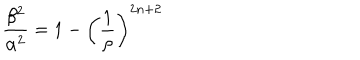
\frac { \beta ^ { 2 } } { \alpha ^ { 2 } } = 1 - \left( \frac { 1 } { \rho } \right) ^ { 2 n + 2 }